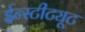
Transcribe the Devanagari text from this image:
ईन्स्टीट्यूट